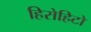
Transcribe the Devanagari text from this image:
हिरोहिटो